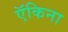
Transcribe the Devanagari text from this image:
ऍकिना